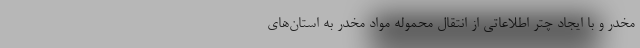
مخدر و با ایجاد چتر اطلاعاتی از انتقال محموله مواد مخدر به استان‌های